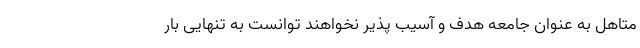
متاهل به عنوان جامعه هدف و آسیب پذیر نخواهند توانست به تنهایی بار